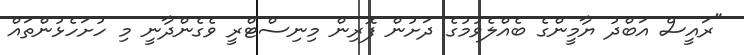
"ރައީސް އަބްދު ޔާމީންގެ ބެއްލެވުމުގެ ދަށުން ފޮރިން މިނިސްޓްރީ ވެގެންދާނީ މި ހުށަހެޅުންތައް